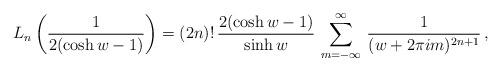
LaTeX: \begin{align*} L_n \left( \frac{1}{2(\cosh w - 1)}\right) = (2n)! \, \frac{2(\cosh w - 1)}{\sinh w} \,\sum_{m=-\infty}^\infty \, \frac{1}{(w + 2\pi im)^{2n+1}}\, ,\end{align*}